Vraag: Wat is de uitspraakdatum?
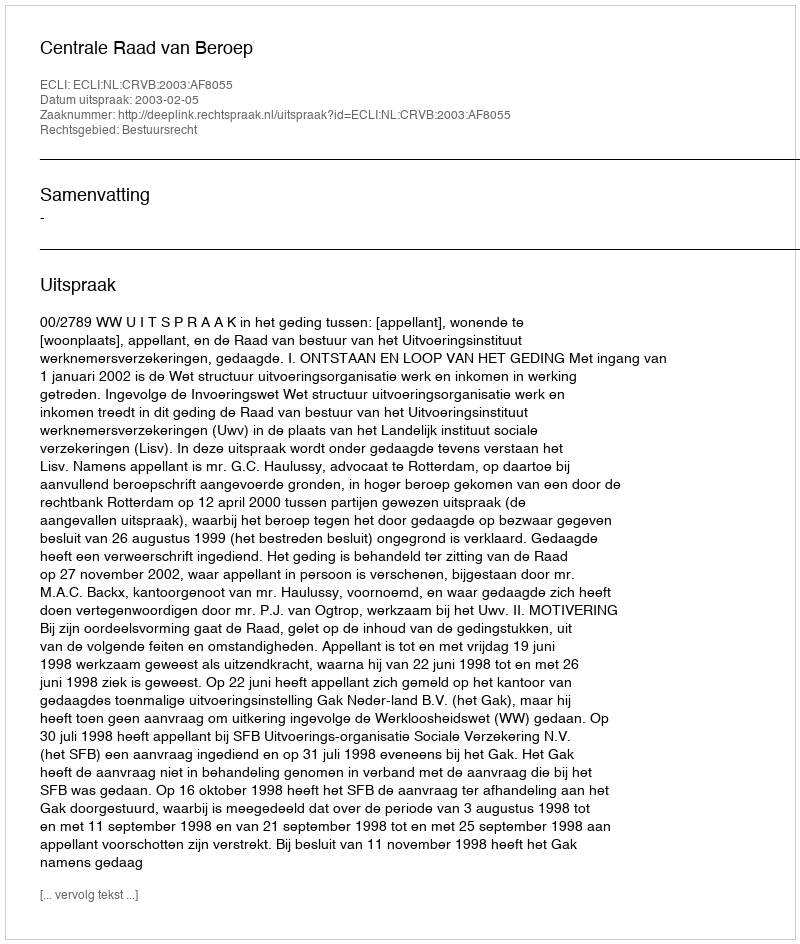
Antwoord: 2003-02-05